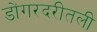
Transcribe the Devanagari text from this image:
डोंगरदरीतली